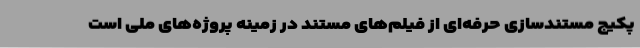
پکیج مستندسازی حرفه‌ای از فیلم‌های مستند در زمینه پروژه‌های ملی است